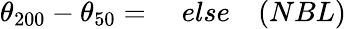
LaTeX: \theta_{200}-\theta_{50}=\quad else\quad(NBL)